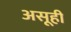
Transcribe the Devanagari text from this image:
असूही